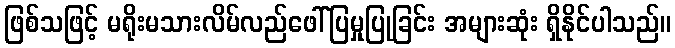
ဖြစ်သဖြင့် မရိုးမသားလိမ်လည်ဖေါ်ပြမှုပြုခြင်း အများဆုံး ရှိနိုင်ပါသည်။